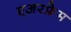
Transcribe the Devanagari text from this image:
एअरफ्रेम